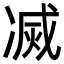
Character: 㓕